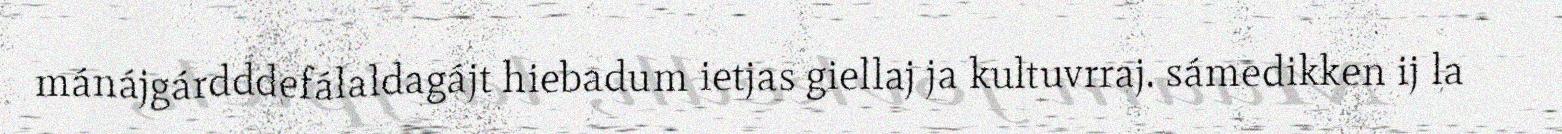
mánájgárdddefálaldagájt hiebadum ietjas giellaj ja kultuvrraj. sámedikken ij la